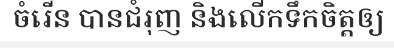
ចំរើន បានជំរុញ និងលើកទឹកចិត្តឲ្យ